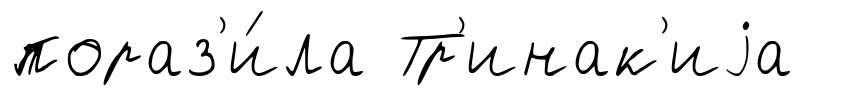
пораз'и́ла Тр'инак'иjа